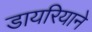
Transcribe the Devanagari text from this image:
डायरियाने